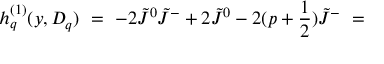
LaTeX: h _ { q } ^ { ( 1 ) } ( y , { \cal D } _ { q } ) \ = \ - 2 \tilde { J } ^ { 0 } \tilde { J } ^ { - } + 2 \tilde { J } ^ { 0 } - 2 ( p + \frac { 1 } { 2 } ) \tilde { J } ^ { - } \ =